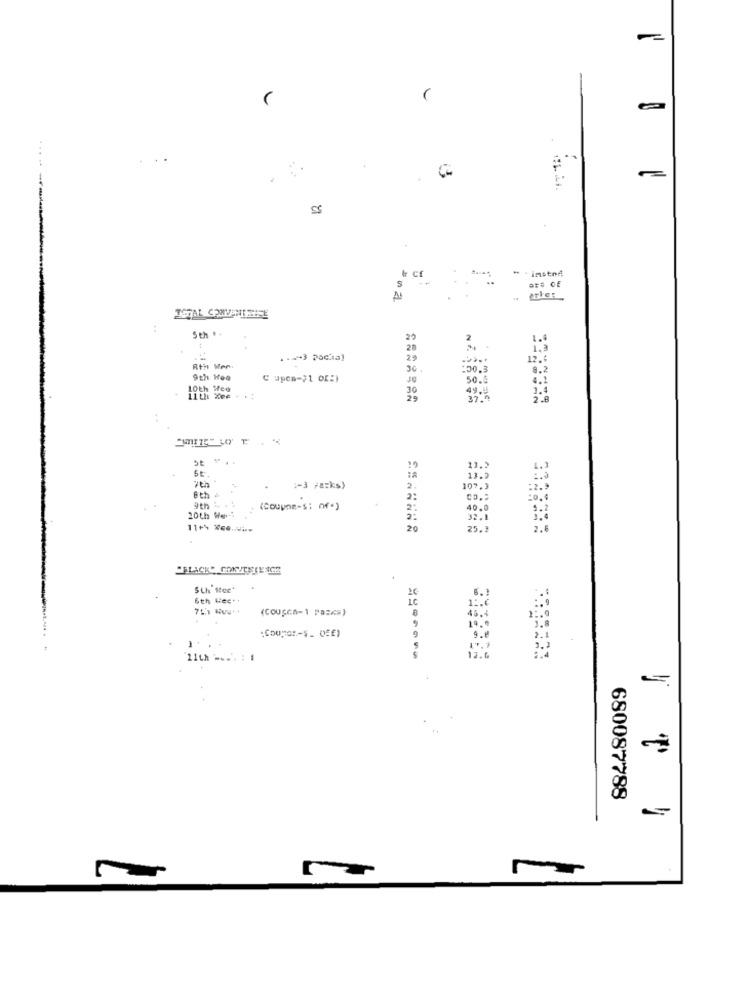
--
& Cf
- . imstni
M
erles
5th . .
25
28
1.3
29
12.6
Rtn Mer
30.
30.3
8.2
9th Hoo
50.5
4.2
LOth Wee
49.
11 the 2006
6t.
6th
:- 3 Faks)
9th L
(Coupon-s; of*)
2:
20th We."
20
25.
"BLACK" CONVENIENCE
Sth Rec
6th Wee ..
1C
(COUSCA-1 PaEKS)
:Coopor-$ _ (EE)
11th -... : .
680087788